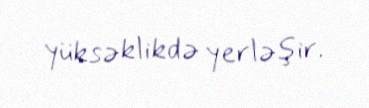
yüksəklikdə yerləşir.